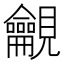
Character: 𧢢